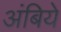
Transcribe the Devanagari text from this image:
अंबिये